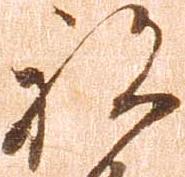
被